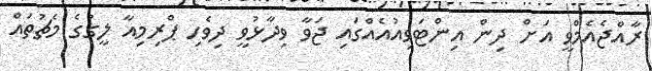
ރާއްޖެއެމްވީ އަށް ދިން އިންޓަވިއުއެއްގައި ޖަވާ ވިދާޅުވީ ދިވެހި ޕްރިމިއާ ލީގުގެ މެޗުތައް